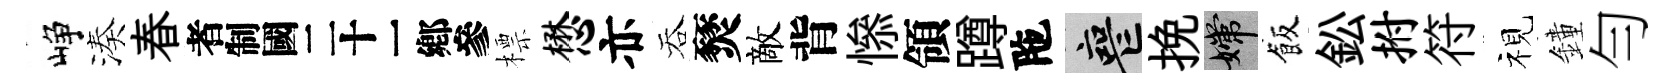
峥湊春识標懋亦吞燹敵背𢡖領蹲陁喪挽嫦飯鈆拊符视鐘勻